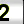
Digit: 2